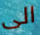
الى